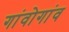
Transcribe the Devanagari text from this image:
गांवोगांव